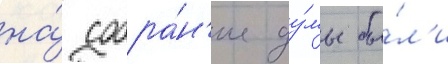
на́ собра́н'ие ду́мы бы́л'и